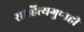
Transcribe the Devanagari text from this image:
साहित्यगुणही